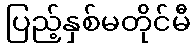
ပြည့်နှစ်မတိုင်မီ